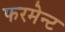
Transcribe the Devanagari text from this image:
फरमेन्ट